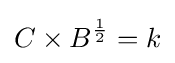
C\times B^{\frac {1}{2}}=k